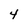
Character: 4